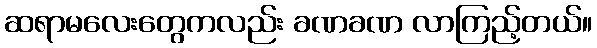
ဆရာမလေးတွေကလည်း ခဏခဏ လာကြည့်တယ်။